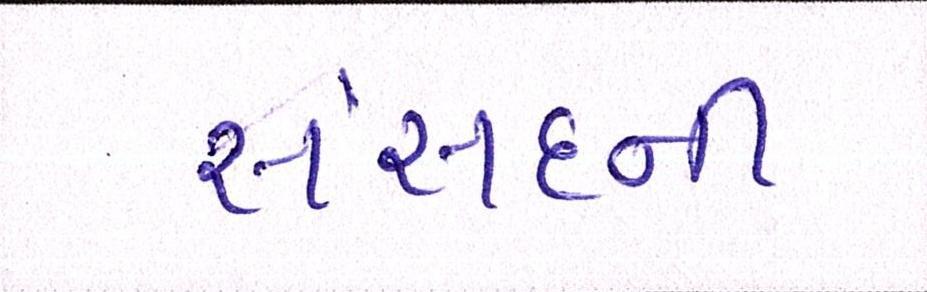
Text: સંસદની